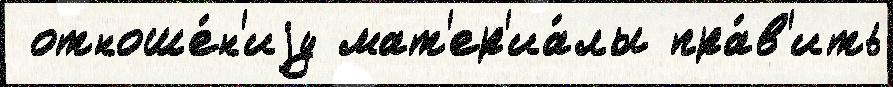
 отноше́н'иjу мат'ер'иа́лы пра́в'ить